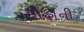
મોહાની